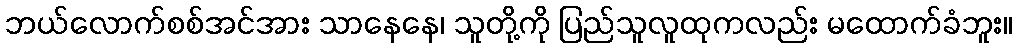
ဘယ်လောက်စစ်အင်အား သာနေနေ၊ သူတို့ကို ပြည်သူလူထုကလည်း မထောက်ခံဘူး။